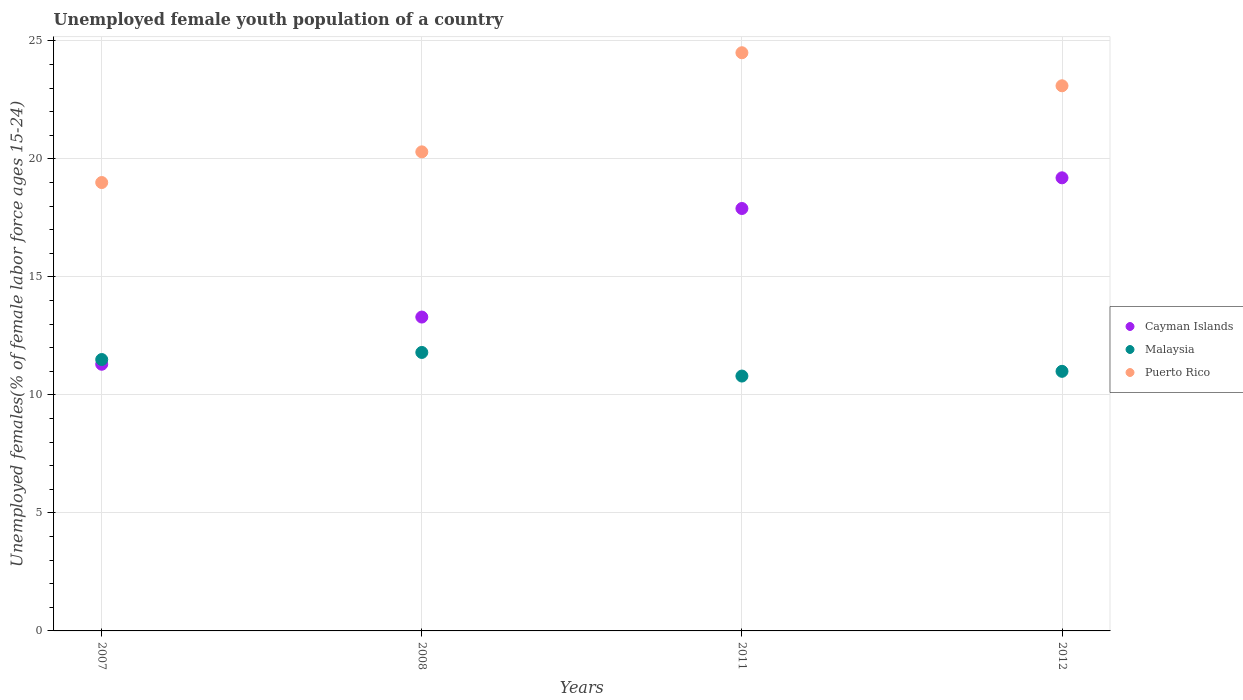
| Years | Cayman Islands | Malaysia | Puerto Rico |
 | --- | --- | --- | --- |
 | 2007 | 11.3 | 11.5 | 19 |
 | 2008 | 13.3 | 11.8 | 20.3 |
 | 2011 | 17.9 | 10.8 | 24.5 |
 | 2012 | 19.2 | 11 | 23.1 |